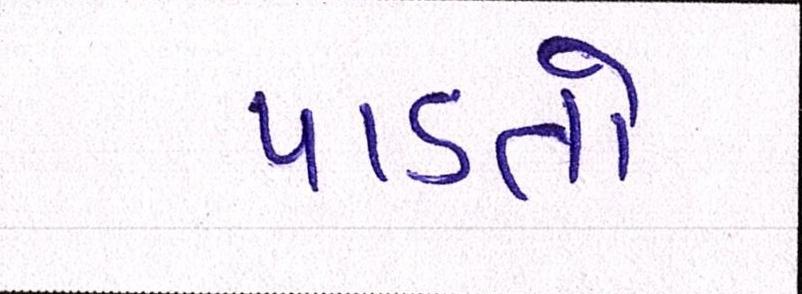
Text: પાડતો